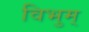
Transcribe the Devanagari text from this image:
विभुम्